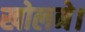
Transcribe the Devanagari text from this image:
खोलने।